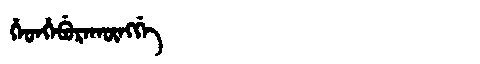
Manchu: ᡥᡝᡨᡥᡝᠪᡠᡵᠠᡴᡡᠩᡤᡝ
Romanization: HETHEBURAKŪNGGE